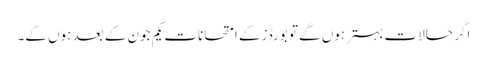
اگر حالات بہتر ہوں گے تو بورڈز کے امتحانات یکم جون کے بعد ہوں گے۔